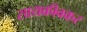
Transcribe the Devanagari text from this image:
सायकीवकर